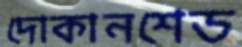
দোকানশেড